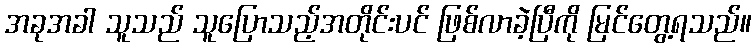
အခုအခါ သူသည် သူပြောသည့်အတိုင်းပင် ဖြစ်လာခဲ့ပြီကို မြင်တွေ့ရသည်။